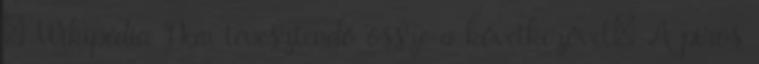
– Wikipédia Nem tévesztendő össze a következővel: A piros